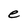
Character: e